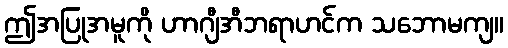
ဤအပြုအမူကို ဟာဂျီအီဘရာဟင်က သဘောမကျ။